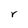
Character: r